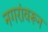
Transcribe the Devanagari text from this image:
नगरांवरून